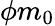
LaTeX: \phi m_{0}